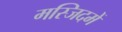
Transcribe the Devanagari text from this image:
मस्जिदमें